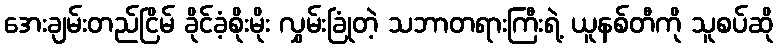
အေးချမ်းတည်ငြိမ် ခိုင်ခံ့စိုးမိုး လွှမ်းခြုံတဲ့ သဘာတရားကြီးရဲ့ ယူနစ်တီကို သူစပ်ဆို